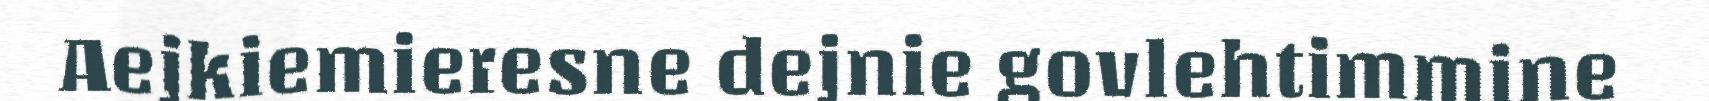
Aejkiemieresne dejnie govlehtimmine